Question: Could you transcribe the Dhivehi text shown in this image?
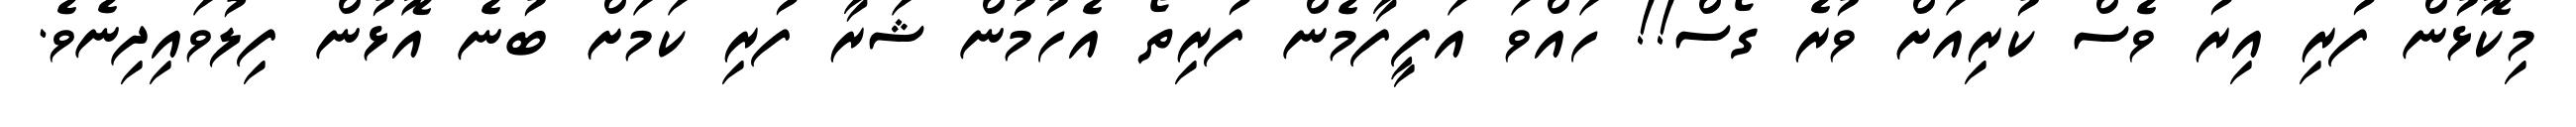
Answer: މިކޮޅުން ފުރި އިރު ވެސް ކުރިއަށް ވުރެ ގޯސް!! ހައްވަ އަފީފާމެން ފުރިތޯ އެހުމުން ޝަރާ ފުރި ކަމަށް ބުނެ އޮޅުން ފިލުވައިދިނެވެ.